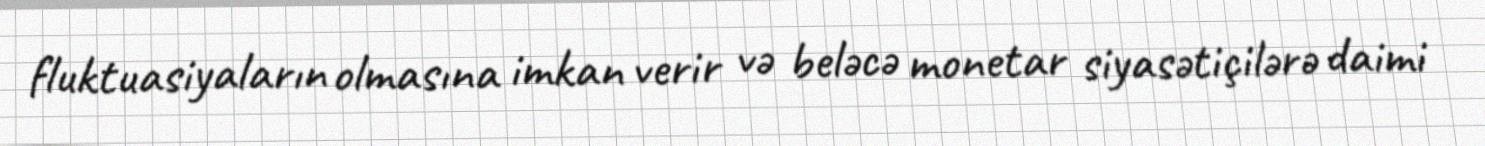
fluktuasiyaların olmasına imkan verir və beləcə monetar siyasətiçilərə daimi